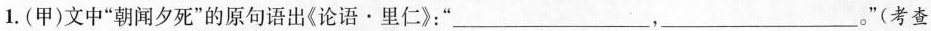
1.(甲)文中”朝闻夕死”的原句语出《论语·里仁》：”___，___。”(考查